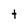
Character: t